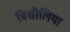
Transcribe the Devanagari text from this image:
बिचौलिया